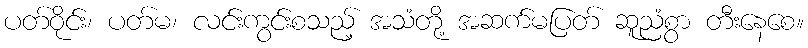
ပတ်ဝိုင်း၊ ပတ်မ၊ လင်းကွင်းစသည့် အသံတို့ အဆက်မပြတ် ဆူညံစွာ တီးနေစေ။